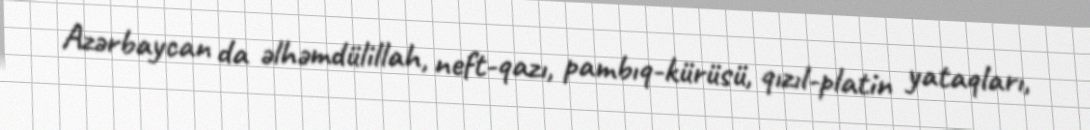
Azərbaycan da əlhəmdülillah, neft-qazı, pambıq-kürüsü, qızıl-platin yataqları,